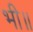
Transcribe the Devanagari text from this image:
भी॥